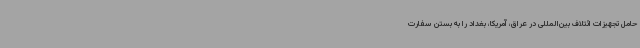
حامل تجهیزات ائتلاف بین‌المللی در عراق، آمریکا، بغداد را به بستن سفارت